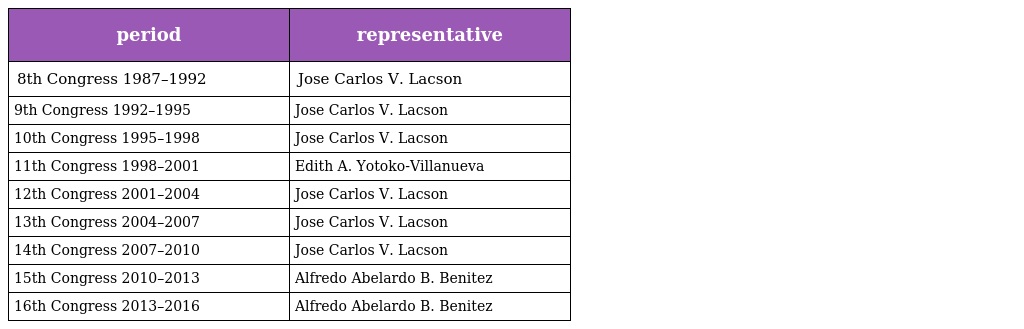
| period | representative |
 | --- | --- |
 | 8th Congress 1987–1992 | Jose Carlos V. Lacson |
 | 9th Congress 1992–1995 | Jose Carlos V. Lacson |
 | 10th Congress 1995–1998 | Jose Carlos V. Lacson |
 | 11th Congress 1998–2001 | Edith A. Yotoko-Villanueva |
 | 12th Congress 2001–2004 | Jose Carlos V. Lacson |
 | 13th Congress 2004–2007 | Jose Carlos V. Lacson |
 | 14th Congress 2007–2010 | Jose Carlos V. Lacson |
 | 15th Congress 2010–2013 | Alfredo Abelardo B. Benitez |
 | 16th Congress 2013–2016 | Alfredo Abelardo B. Benitez |